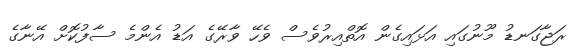
ރަޖާގަނޑު މޫނުގައި އަޅައިގެން އޮތްއިރުވެސް ވެހޭ ވާރޭގެ އަޑު އެންމެ ސާފުކޮށް އޭނާގެ